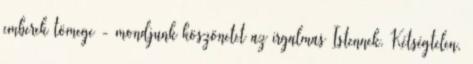
emberek tömege - mondjunk köszönetet az irgalmas Istennek. Kétségtelen,